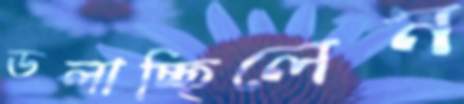
ডলাচ্ছিলেন